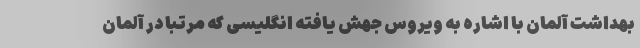
بهداشت آلمان با اشاره به ویروس جهش یافته انگلیسی که مرتبا در آلمان